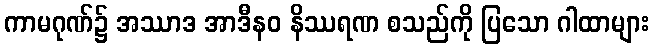
ကာမဂုဏ်၌ အဿာဒ အာဒီနဝ နိဿရဏ စသည်ကို ပြသော ဂါထာများ